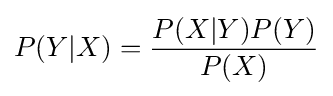
P(Y|X)={\frac {P(X|Y)P(Y)}{P(X)}}